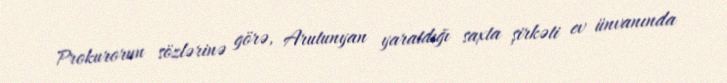
Prokurorun sözlərinə görə, Arutunyan yaratdığı saxta şirkəti ev ünvanında